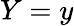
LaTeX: Y=y